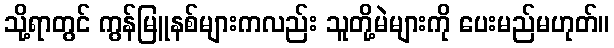
သို့ရာတွင် ကွန်မြူနစ်များကလည်း သူတို့မဲများကို ပေးမည်မဟုတ်။